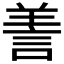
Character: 𦎍